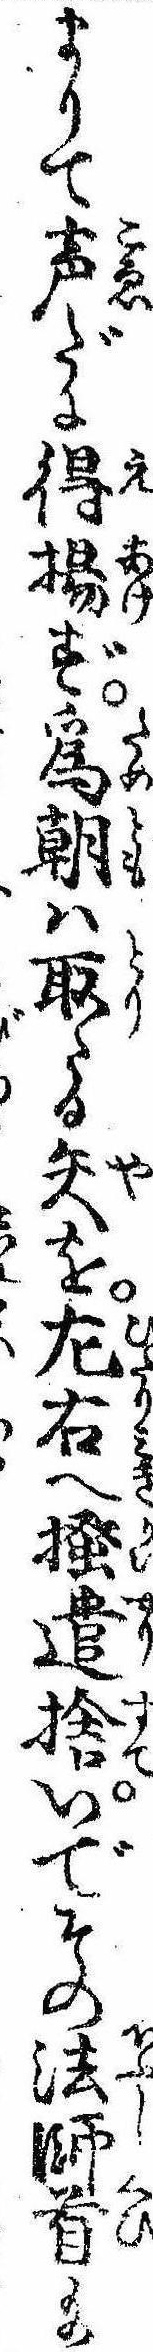
まりて声だに得揚ず為朝は取たる矢を㔫右へ掻遣捨いでその法師首給